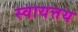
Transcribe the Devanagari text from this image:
स्वायत्तय